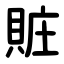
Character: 賍